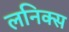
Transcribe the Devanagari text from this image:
लनिक्स